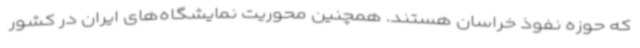
که حوزه نفوذ خراسان هستند. همچنین محوریت نمایشگاه‌های ایران در کشور